Leningradi_Edasi_toimetus, lk 66
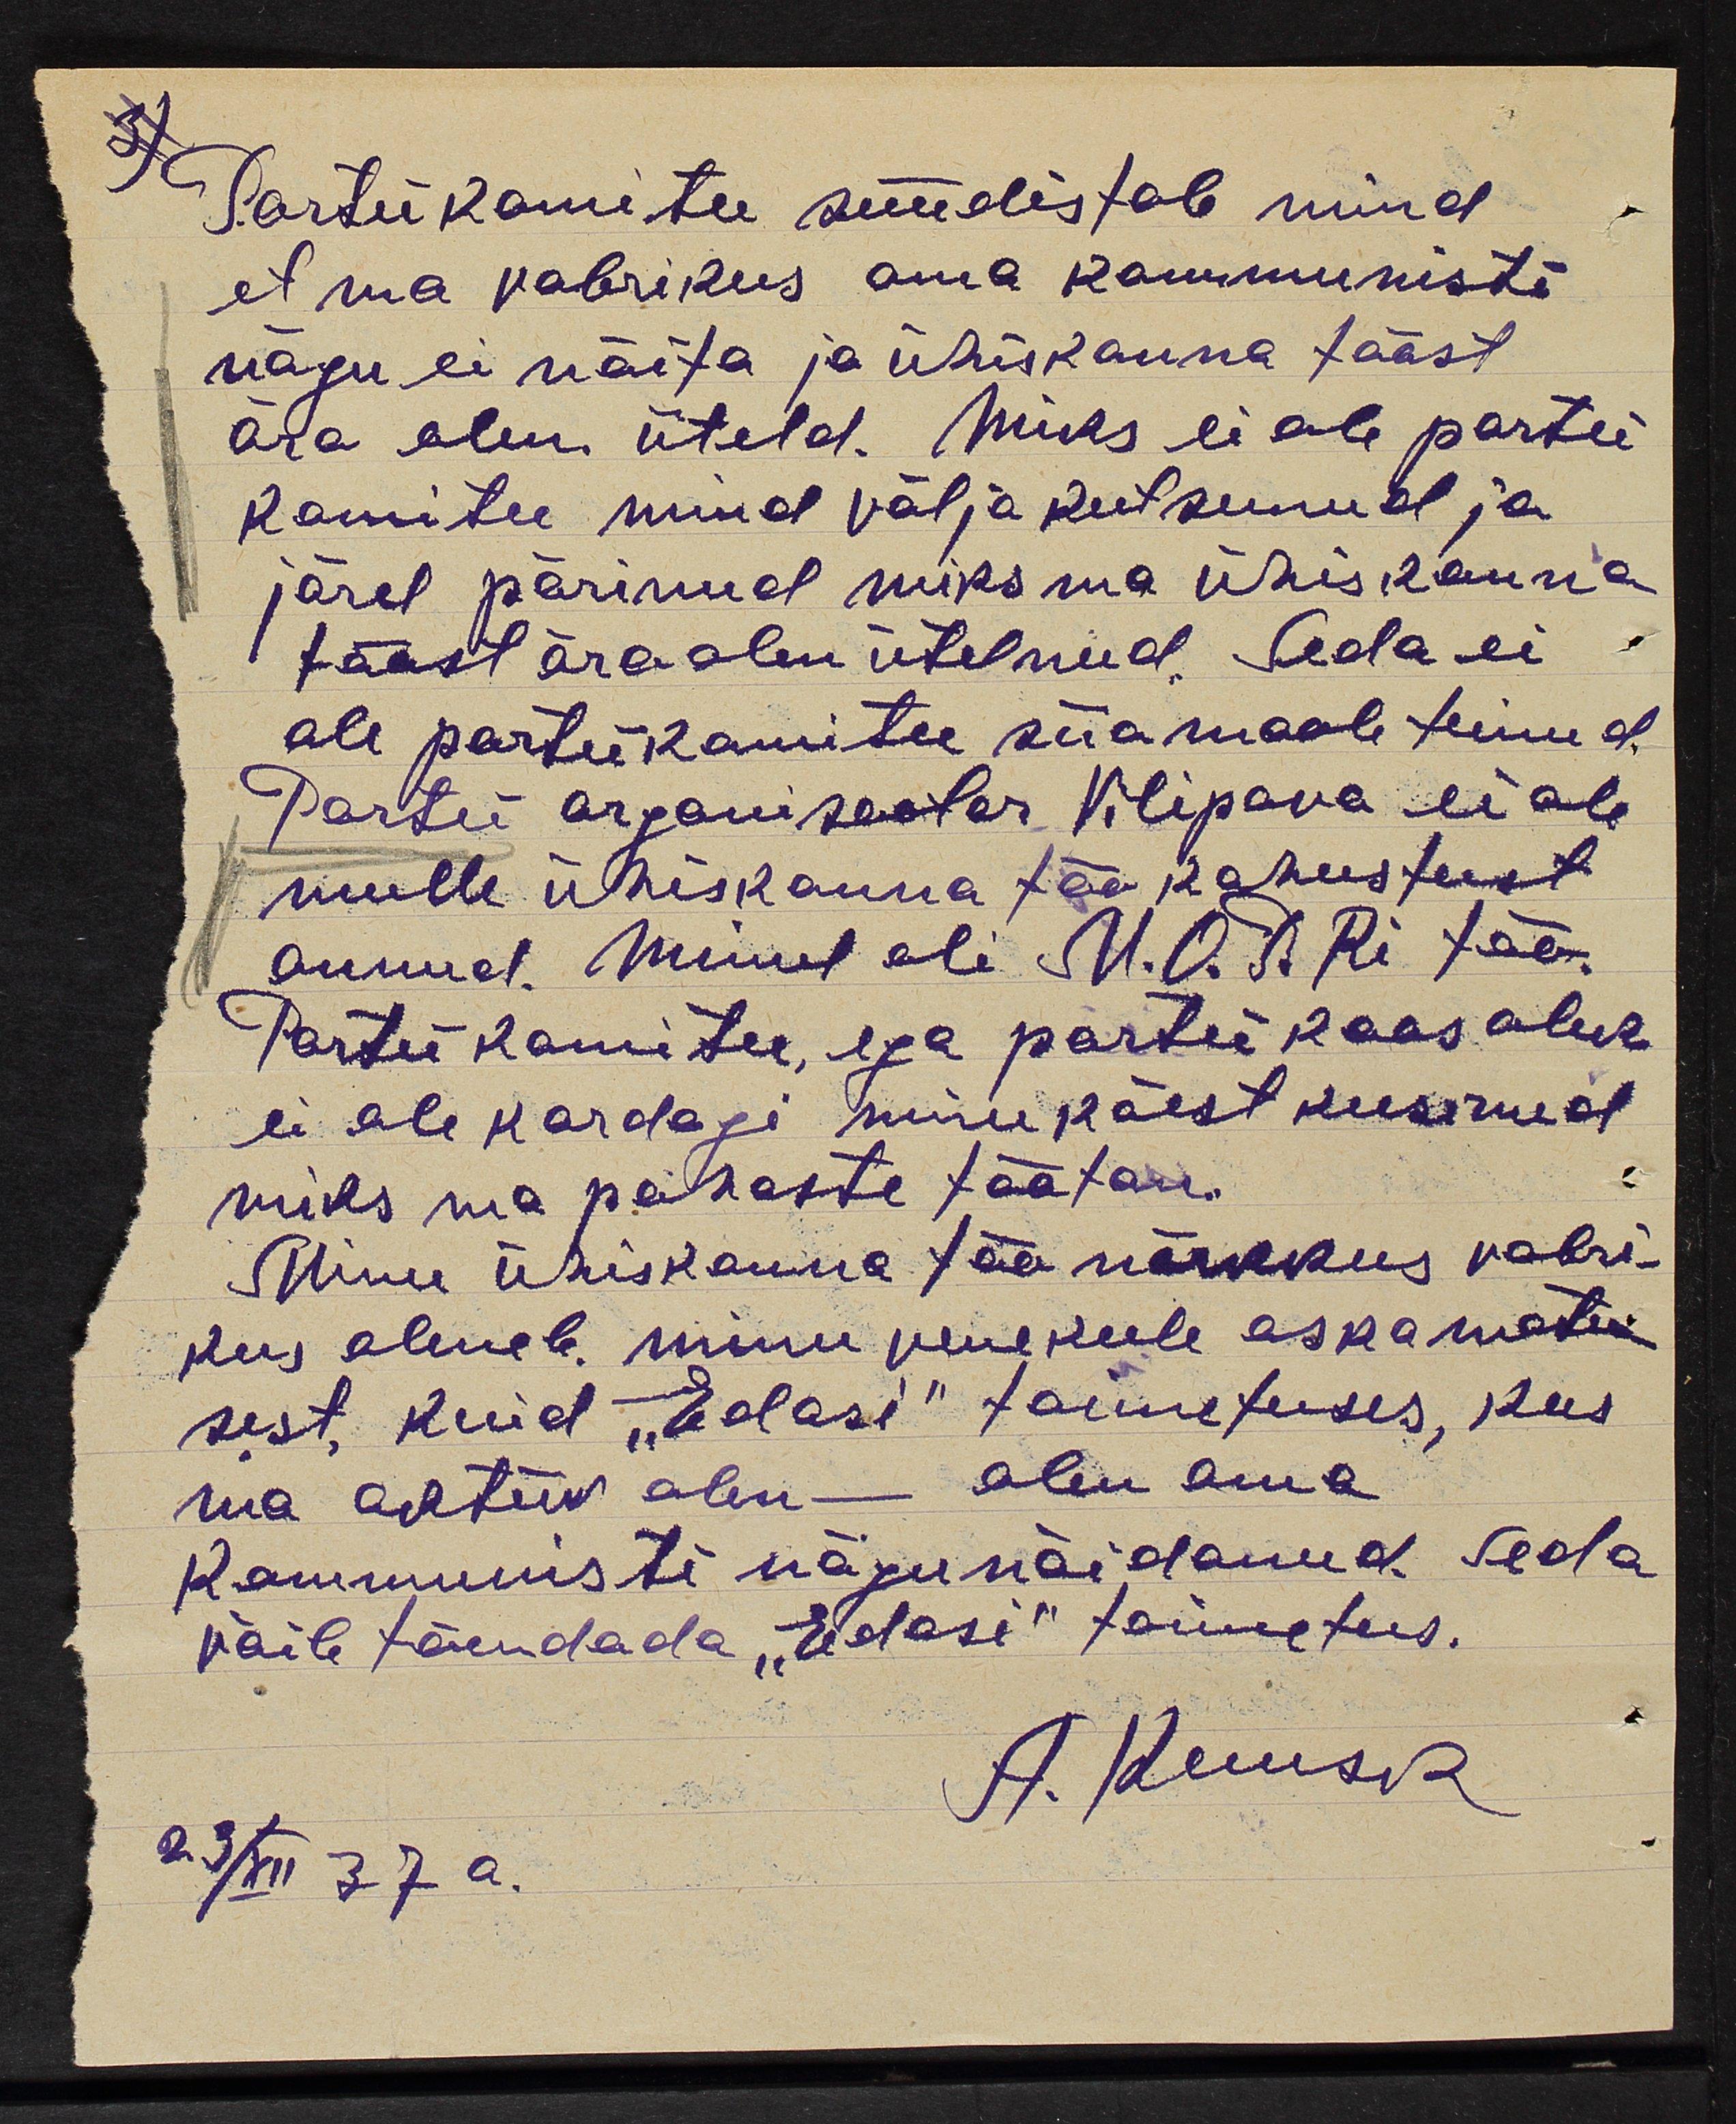
Parteikomitee süüdistab mind
et ma vabrikus oma kommunisti.
nägu ei näita ja ühiskonna tööst
ära olen üteld. Miks ei ole partei
komitee mind välja kutsunud ja
järel pärinud miks ma ühiskonna
tööst ära olen ütelnud. Seda ei
ole parteikomitee siia maale teinud.
Partei organisaator Vilipova ei ole
mulle ühiskonna töö kohustust
annud. Minul oli M.O.T.Ri töö
Partei komitee, ega parteikoosolek
ei ole kordagi minu käest kusinud
miks ma pahaste täätan.
Minu ühiskonna töö nõrkkus vabri
kus oleneb minu vene keele oskamatu
sest kuid "Edasi" toimetuses, kus
ma aktiiv olen - olen oma
Kommunisti nägu näidanud. Seda
võib tõendada "Edasi" toimetus.
A. Kuusk
23/XII 37 a.